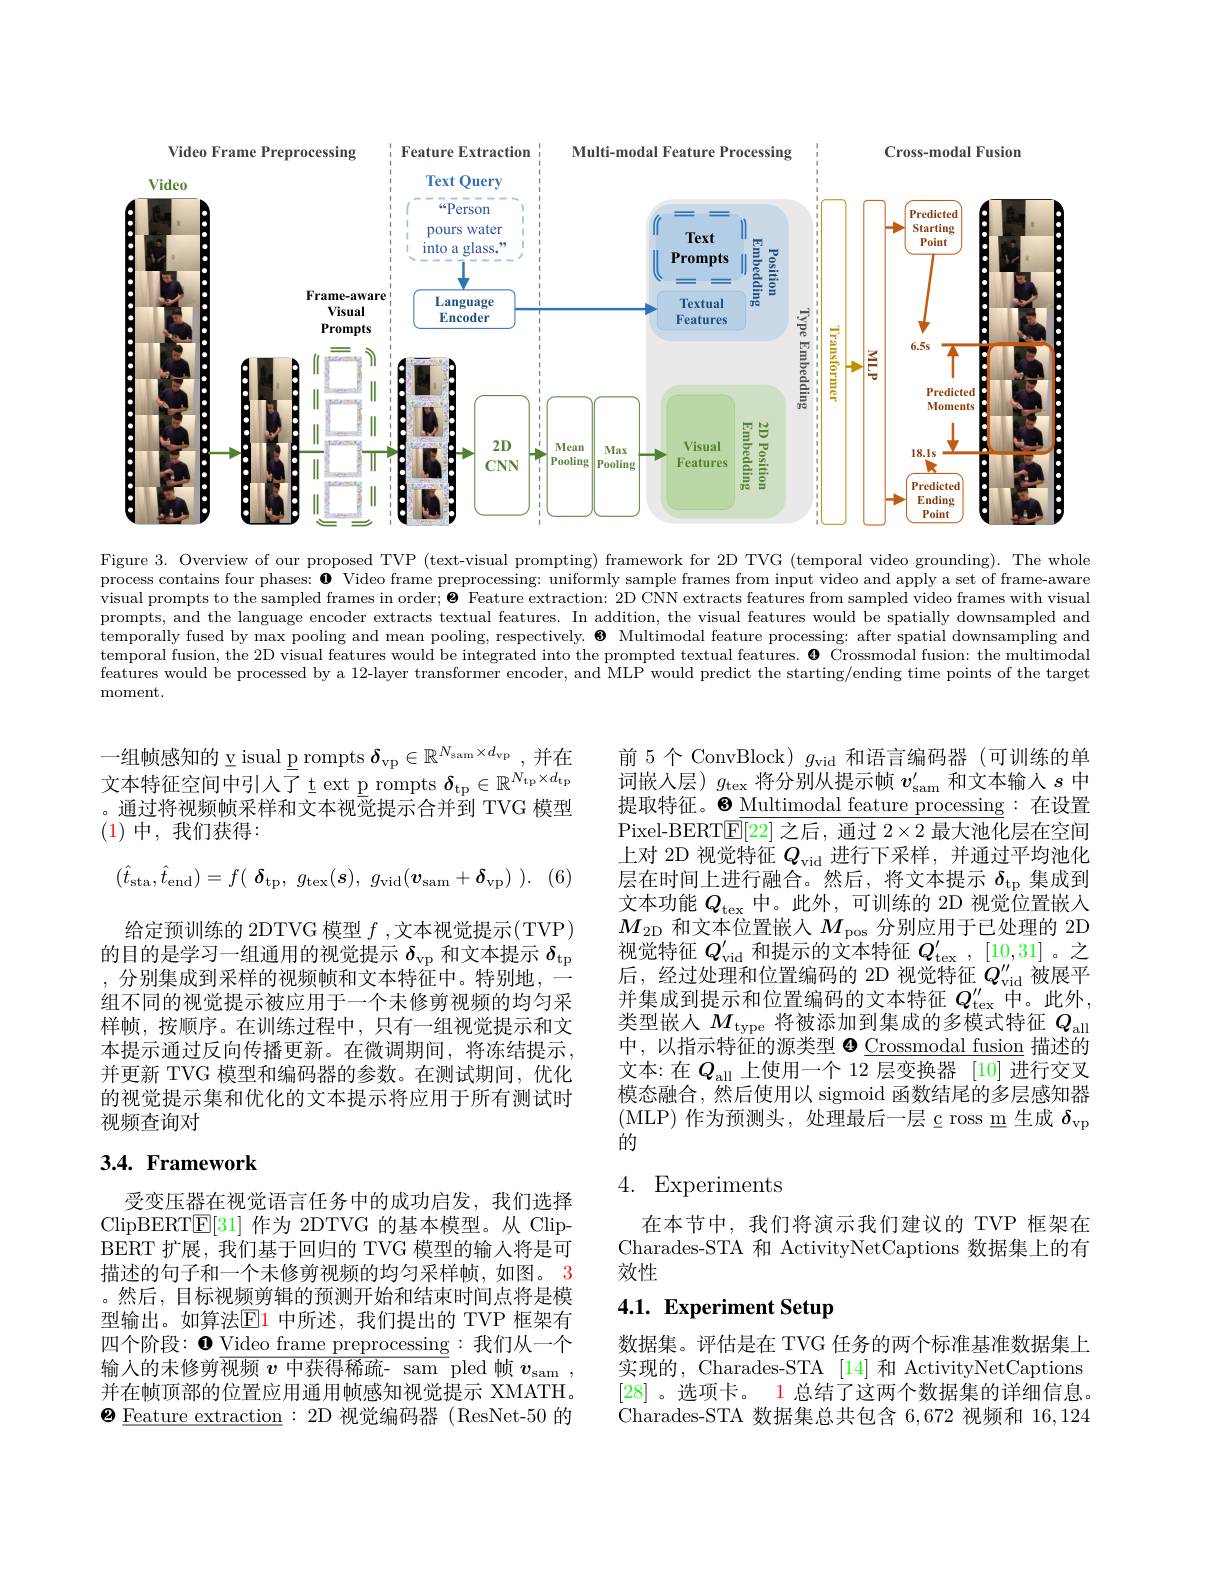
<FigureHere>

Figure 3. Overview of our proposed TVP (text-visual prompting) framework for 2D TVG (temporal video grounding). The whole process contains four phases: $\mathbf{0}$ Video frame preprocessing: uniformly sample frames from input video and apply a set of frame-aware visual prompts to the sampled frames in order; $\boldsymbol{\Theta}$ Feature extraction: 2D CNN extracts features from sampled video frames with visual prompts, and the language encoder extracts textual features. In addition, the visual features would be spatially downsampled and temporally fused by max pooling and mean pooling, respectively. $\textbf{}$ Multimodal feature processing: after spatial downsampling and temporal fusion, the 2D visual features would be integrated into the prompted textual features. $\mathbf{0}$ Crossmodal fusion: the multimodal features would be processed by a 12-layer transformer encoder, and MLP would predict the starting/ending time points of the target moment.

一组帧感知的 v isual p rompts $\delta_\mathrm{vp}\in\mathbb{R}^{N_{\mathrm{sam}}\times d_\mathrm{vp}}$,并在文本特征空间中引入了$\underline{\mathrm{t}}$ext p rompts $\delta_\mathrm{tp}\in\mathbb{R}^{N_\mathrm{tp}\times d_\mathrm{tp}}$ 。通过将视频帧采样和文本视觉提示合并到 TVG 模型(1)中，我们获得：
$$(\hat{t}_{\mathrm{sta}},\hat{t}_{\mathrm{end}})=f(\boldsymbol{\delta}_{\mathrm{tp}},\:g_{\mathrm{tex}}(\boldsymbol{s}),\:g_{\mathrm{vid}}(\boldsymbol{v}_{\mathrm{sam}}+\boldsymbol{\delta}_{\mathrm{vp}})\:).$$
给定预训练的 2DTVG 模型$f$ ,文本视觉提示(TVP) 的目的是学习一组通用的视觉提示$\delta_\mathrm{vp}$和文本提示$\delta_\mathrm{tp}$ ,分别集成到采样的视频帧和文本特征中。特别地，一组不同的视觉提示被应用于一个未修剪视频的均匀采样帧，按顺序。在训练过程中，只有一组视觉提示和文本提示通过反向传播更新。在微调期间，将冻结提示， 并更新 TVG 模型和编码器的参数。在测试期间，优化的视觉提示集和优化的文本提示将应用于所有测试时视频查询对

# $3. 4. \textbf{ Framework}$

受变压器在视觉语言任务中的成功启发，我们选择ClipBERT$\mathbb{E}[31]$作为 2DTVG 的基本模型。从 ClipBERT 扩展，我们基于回归的 TVG 模型的输人将是可描述的句子和一个未修剪视频的均匀采样帧，如图。3 。然后，目标视频剪辑的预测开始和结束时间点将是模型输出。如算法$\boxed{\mathrm{E}}1$ 中所述，我们提出的 TVP 框架有四个阶段：$\bullet$ Video frame preprocessing :我们从一个输入的未修剪$\overline\overline{\text{视频 }v\text{ 中获得稀疏- sam pled 帧 }v_\mathrm{sam}}$, 并在帧顶部的位置应用通用帧感知视觉提示 XMATH。$\textbf{в Feature extraction}: 2$D 视觉编码器(ResNet-50 的

前 5 个 ConvBlock) $g_\mathrm{vid}$和语言编码器(可训练的单词嵌人层)$g_\mathrm{tex}$将分别从提示帧$v_\mathrm{sam}^{\prime}$和文本输入$s$中提取特征。8 Multimodal feature processing:在设置Pixel-BERT$\mathbb{E}[22]$之后，通过$2\times2$最大池化层在空间上对 2D 视觉特征$Q_\mathrm{vid}$进行下采样，并通过平均池化层在时间上进行融合。然后，将文本提示$\delta_\mathrm{tp}$集成到文本功能$Q_\mathrm{tex}$中。此外，可训练的 2D 视觉位置嵌入$M_{2\mathrm{D}}$和文本位置嵌入$M_\mathrm{pos}$分别应用于已处理的 2D 视觉特征$Q_\mathrm{vid}^{\prime}$和提示的文本特征$Q_\mathrm{tex}^{\prime},[10,31]$ 。之后，经过处理和位置编码的 2D 视觉特征$Q_\mathrm{vid}^{\prime\prime}$被展平并集成到提示和位置编码的文本特征$Q_\mathrm{tex}^{\prime\prime}$中。此外， 类型嵌人$M_\mathrm{type}$将被添加到集成的多模式特征$Q_\mathrm{all}$ 中，以指示特征的源类型$\mathbf{o}$ Crossmodal fusion 描述的文本：在$Q_\mathrm{all}$上使用一个 12 层变换器[10]进行交叉模态融合，然后使用以 sigmoid 函数结尾的多层感知器(MLP)作为预测头，处理最后一层$\underline{\mathrm{c}}$ross m 生成 $\delta_\mathrm{vp}$ 的

## 4. Experiments

在本节中，我们将演示我们建议的 TVP 框架在Charades-STA 和 ActivityNetCaptions 数据集上的有效性

# 4.1. Experiment Setup

数据集。评估是在 TVG 任务的两个标准基准数据集上实现的，Charades-STA [14] 和 ActivityNetCaptions [28] 。选项卡。1 总结了这两个数据集的详细信息。Charades-STA 数据集总共包含6，672视频和 16,124